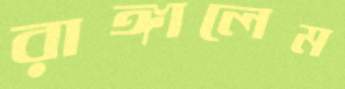
রাঙ্গালেম